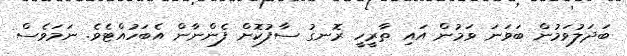
ބަދަލުވަމުން ބަވަނަ ވަމުން އައި ތާރީހީ ރޮނގު ސާފުކޮށް ފެންނާން އެބަހުއްޓެވެ. ނަމަވެސް